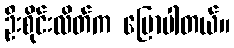
ဦးစိုင်းလိတ်က ပြောပါတယ်။